Indian journal of veterinary science and animal husbandry - Volume 13,
Year: 1943
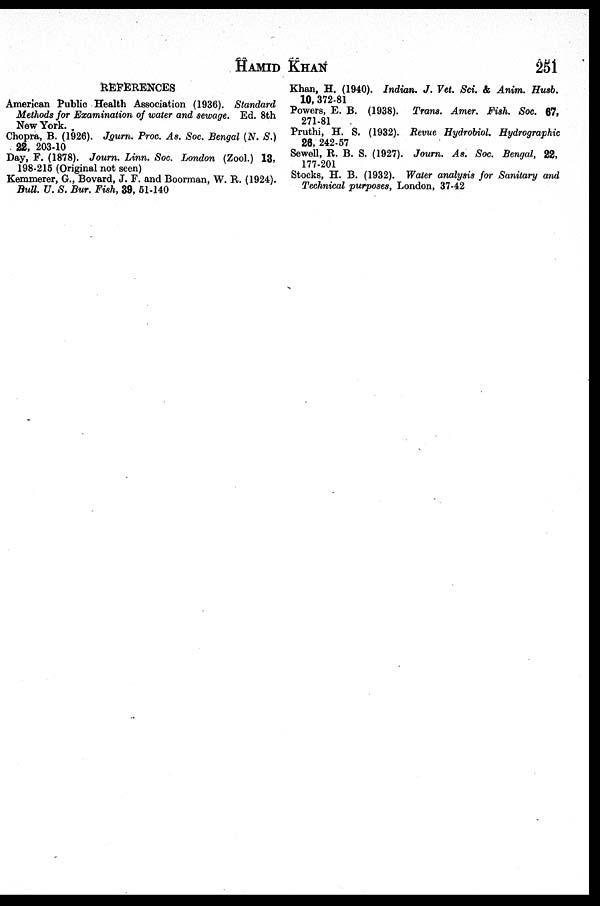
HAMID
KHAN
251
REFERENCES
American Public Health Association (1936). Standard
Methods for Examination of water and sewage. Ed. 8th
New York.
Chopra, B. (1926). Journ. Proc. As. Soc. Bengal (N. S.)
22, 203-10
Day, F. (1878). Journ. Linn. Soc. London (Zool.) 13,
198-215 (Original not seen)
Kemmerer, G., Bovard, J. F. and Boorman, W. R. (1924).
Bull. U. S. Bur. Fish, 39, 51-140
Khan, H. (1940). Indian. J. Vet. Sci. & Anim. Husb.
10, 372-81
Powers, E. B. (1938). Trans. Amer. Fish. Soc. 67,
271-81
Pruthi, H. S. (1932). Revue Hydrobiol. Hydrographic
26, 242-57
Sewell, R. B. S. (1927). Journ. As. Soc. Bengal, 22,
177-201
Stocks, H. B. (1932). Water analysis for Sanitary and
Technical purposes, London, 37-42